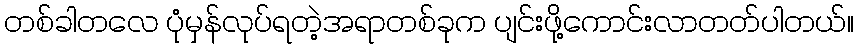
တစ်ခါတလေ ပုံမှန်လုပ်ရတဲ့အရာတစ်ခုက ပျင်းဖို့ကောင်းလာတတ်ပါတယ်။